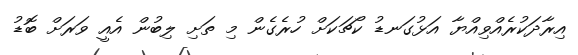
އިރާދަކުރެއްވިއްޔާ އަޅުގަނޑު ކޯޗަކަށް ހުރެގެން މި ތަށި ލިބުން އެއީ ވަރަށް ބޮޑު